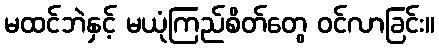
မထင်ဘဲနှင့် မယုံကြည်စိတ်တွေ ဝင်လာခြင်း။